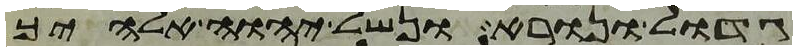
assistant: גדול ונורא ונשל יהוה אלהיך